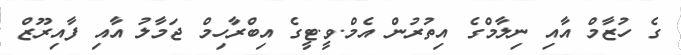
ގެ ހުޒާމް އާއި ނިލާމްގެ އިތުރުން އެމް.ވީ.ޓީގެ އިބްރާހިމް ޖަމާލު އާއި ފާއިރޫޒް